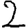
Digit: 2